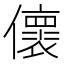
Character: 𠐦